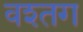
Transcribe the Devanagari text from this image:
वश्तग